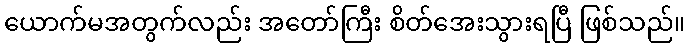
ယောက်မအတွက်လည်း အတော်ကြီး စိတ်အေးသွားရပြီ ဖြစ်သည်။